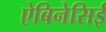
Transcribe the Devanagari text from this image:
ऐबिनेसिई